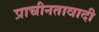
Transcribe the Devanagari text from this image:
प्राचीनतावादी